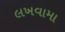
લખવામા